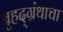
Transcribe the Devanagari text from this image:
बृहद्‌ग्रंथाचा